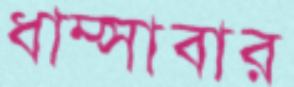
ধাম্‌সাবার